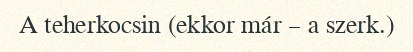
A teherkocsin (ekkor már – a szerk.)